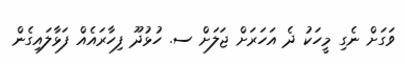
ވަގަށް ނެގި މީހަކު ދެ އަހަރަށް ޖަލަށް ސ. ހުޅުދޫ ފިހާރައެއް ފަޅާލައިގެން